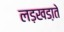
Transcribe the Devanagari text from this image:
लड़खडा़ते